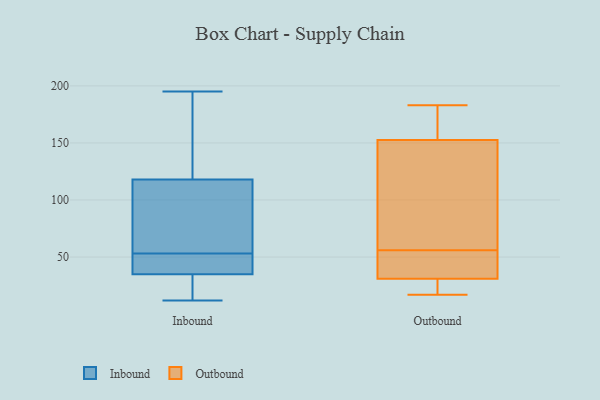
{"axis": {"x": "Backlog", "y": "Value"}, "legend": ["Inbound", "Outbound"], "data": [{"x": "", "y": 61, "type": "Inbound"}, {"x": "", "y": 140, "type": "Inbound"}, {"x": "", "y": 195, "type": "Inbound"}, {"x": "", "y": 47, "type": "Inbound"}, {"x": "", "y": 44, "type": "Inbound"}, {"x": "", "y": 35, "type": "Inbound"}, {"x": "", "y": 118, "type": "Inbound"}, {"x": "", "y": 12, "type": "Inbound"}, {"x": "", "y": 100, "type": "Inbound"}, {"x": "", "y": 59, "type": "Inbound"}, {"x": "", "y": 180, "type": "Inbound"}, {"x": "", "y": 31, "type": "Inbound"}, {"x": "", "y": 46, "type": "Inbound"}, {"x": "", "y": 32, "type": "Inbound"}, {"x": "", "y": 31, "type": "Outbound"}, {"x": "", "y": 53, "type": "Outbound"}, {"x": "", "y": 150, "type": "Outbound"}, {"x": "", "y": 42, "type": "Outbound"}, {"x": "", "y": 23, "type": "Outbound"}, {"x": "", "y": 181, "type": "Outbound"}, {"x": "", "y": 160, "type": "Outbound"}, {"x": "", "y": 31, "type": "Outbound"}, {"x": "", "y": 56, "type": "Outbound"}, {"x": "", "y": 78, "type": "Outbound"}, {"x": "", "y": 17, "type": "Outbound"}, {"x": "", "y": 137, "type": "Outbound"}, {"x": "", "y": 18, "type": "Outbound"}, {"x": "", "y": 165, "type": "Outbound"}, {"x": "", "y": 56, "type": "Outbound"}, {"x": "", "y": 183, "type": "Outbound"}, {"x": "", "y": 105, "type": "Outbound"}]}